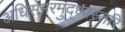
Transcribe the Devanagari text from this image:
अधिसमरमुद्ध्वस्तरि